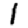
Digit: 1